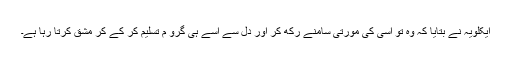
ایکلویہ نے بتایا کہ وہ تو اسی کی مورتی سامنے رکھ کر اور دل سے اسے ہی گرو م تسلیم کر کے کر مشق کرتا رہا ہے۔